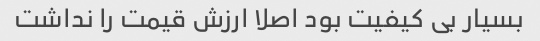
بسیار بی کیفیت بود اصلا ارزش قیمت را نداشت